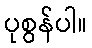
ပုစွန်ပါ။